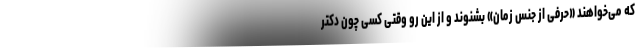
که می‌خواهند «حرفی از جنس زمان» بشنوند و از این رو وقتی کسی چون دکتر